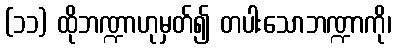
(၁၁) ထိုဘဏ္ဍာဟုမှတ်၍ တပါးသောဘဏ္ဍာကို၊